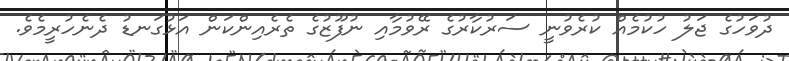
ދުވަހުގެ ޖަލު ހުކުމެއް ކުރެވުނީ ސަރުކާރުގެ ރޭވުމާއި ނުފޫޒުގެ ތެރެއިންކަން އަޅުގަނޑު ދެނެހުރީމެވެ.